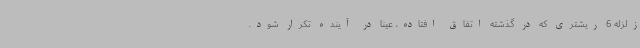
زلزله 6 ریشتری که در گذشته اتفاق افتاده، عینا در آینده تکرار شود.